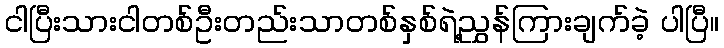
ငါပြီးသားငါတစ်ဦးတည်းသာတစ်နှစ်ရဲ့ညွှန်ကြားချက်ခဲ့ ပါပြီ။